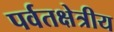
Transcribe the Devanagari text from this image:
पर्वतक्षेत्रीय